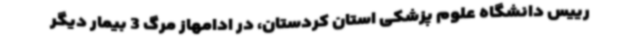
رییس دانشگاه علوم پزشکی استان کردستان، در ادامهاز مرگ 3 بیمار دیگر